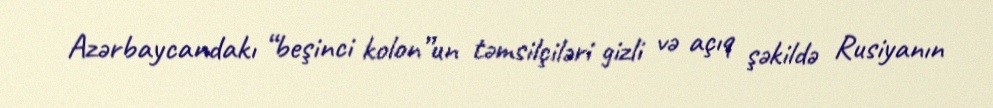
Azərbaycandakı “beşinci kolon”un təmsilçiləri gizli və açıq şəkildə Rusiyanın